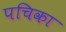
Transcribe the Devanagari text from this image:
पचिका